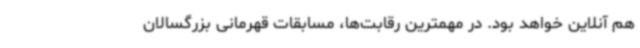
هم آنلاین خواهد بود. در مهمترین رقابت‌ها، مسابقات قهرمانی بزرگسالان